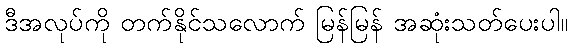
ဒီအလုပ်ကို တက်နိုင်သလောက် မြန်မြန် အဆုံးသတ်ပေးပါ။